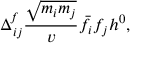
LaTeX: \Delta _ { i j } ^ { f } \frac { \sqrt { m _ { i } m _ { j } } } { v } \bar { f } _ { i } f _ { j } h ^ { 0 } ,